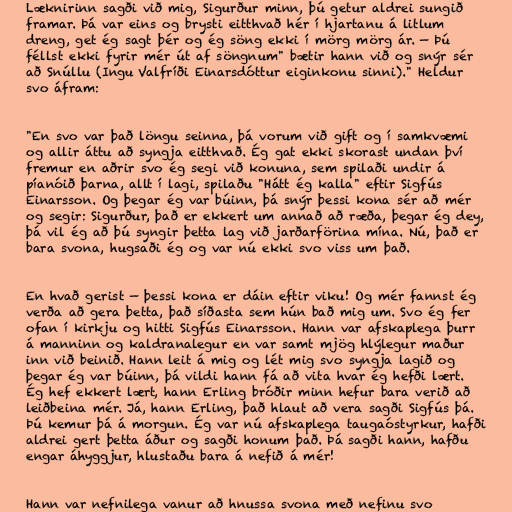
Læknirinn sagði við mig, Sigurður minn, þú getur aldrei sungið
framar. Þá var eins og brysti eitthvað hér í hjartanu á litlum
dreng, get ég sagt þér og ég söng ekki í mörg mörg ár. — Þú
féllst ekki fyrir mér út af söngnum" bætir hann við og snýr sér
að Snúllu (Ingu Valfríði Einarsdóttur eiginkonu sinni)." Heldur
svo áfram:

"En svo var það löngu seinna, þá vorum við gift og í samkvæmi
og allir áttu að syngja eitthvað. Ég gat ekki skorast undan því
fremur en aðrir svo ég segi við konuna, sem spilaði undir á
píanóið þarna, allt í lagi, spilaðu "Hátt ég kalla" eftir Sigfús
Einarsson. Og þegar ég var búinn, þá snýr þessi kona sér að mér
og segir: Sigurður, það er ekkert um annað að ræða, þegar ég dey,
þá vil ég að þú syngir þetta lag við jarðarförina mína. Nú, það er
bara svona, hugsaði ég og var nú ekki svo viss um það.

En hvað gerist — þessi kona er dáin eftir viku! Og mér fannst ég
verða að gera þetta, það síðasta sem hún bað mig um. Svo ég fer
ofan í kirkju og hitti Sigfús Einarsson. Hann var afskaplega þurr
á manninn og kaldranalegur en var samt mjög hlýlegur maður
inn við beinið. Hann leit á mig og lét mig svo syngja lagið og
þegar ég var búinn, þá vildi hann fá að vita hvar ég hefði lært.
Ég hef ekkert lært, hann Erling bróðir minn hefur bara verið að
leiðbeina mér. Já, hann Erling, það hlaut að vera sagði Sigfús þá.
Þú kemur þá á morgun. Ég var nú afskaplega taugaóstyrkur, hafði
aldrei gert þetta áður og sagði honum það. Þá sagði hann, hafðu
engar áhyggjur, hlustaðu bara á nefið á mér!

Hann var nefnilega vanur að hnussa svona með nefinu svo